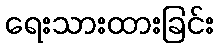
ရေးသားထားခြင်း